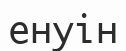
енуін